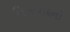
વિખવાદનો